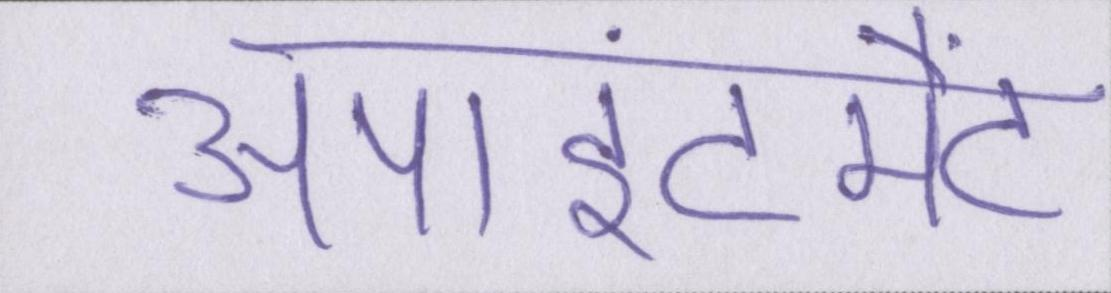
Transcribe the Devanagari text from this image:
अपाइंटमैंट